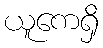
ယူကေရှိ